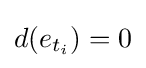
d(e_{t_{i}})=0